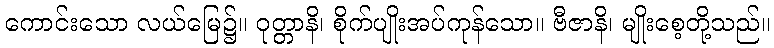
ကောင်းသော လယ်မြေ၌။ ဝုတ္တာနိ၊ စိုက်ပျိုးအပ်ကုန်သော။ ဗီဇာနိ၊ မျိုးစေ့တို့သည်။